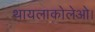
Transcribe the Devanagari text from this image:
थायलाकोलेओ।